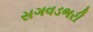
સગવડભરી